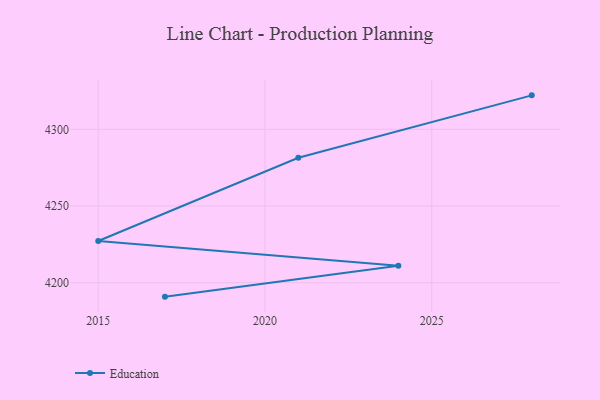
{"axis": {"x": "Year", "y": "Demand Index"}, "legend": ["Education"], "data": [{"x": "2017", "y": 4190.9, "type": "Education"}, {"x": "2024", "y": 4211.1, "type": "Education"}, {"x": "2015", "y": 4227.2, "type": "Education"}, {"x": "2021", "y": 4281.5, "type": "Education"}, {"x": "2028", "y": 4322.2, "type": "Education"}]}